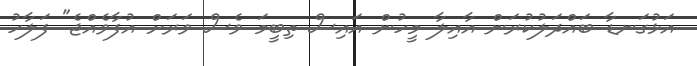
އަޅުގަނޑާ ބައްދަލުކުރަން އާއިލާ މީހުން އައިސް ތިބީމަ ވެސް ވަރަށް އުފާވެއްޖެ" ފަލާހު